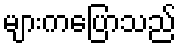
များကပြောသည်